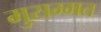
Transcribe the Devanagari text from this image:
मुसम्मत